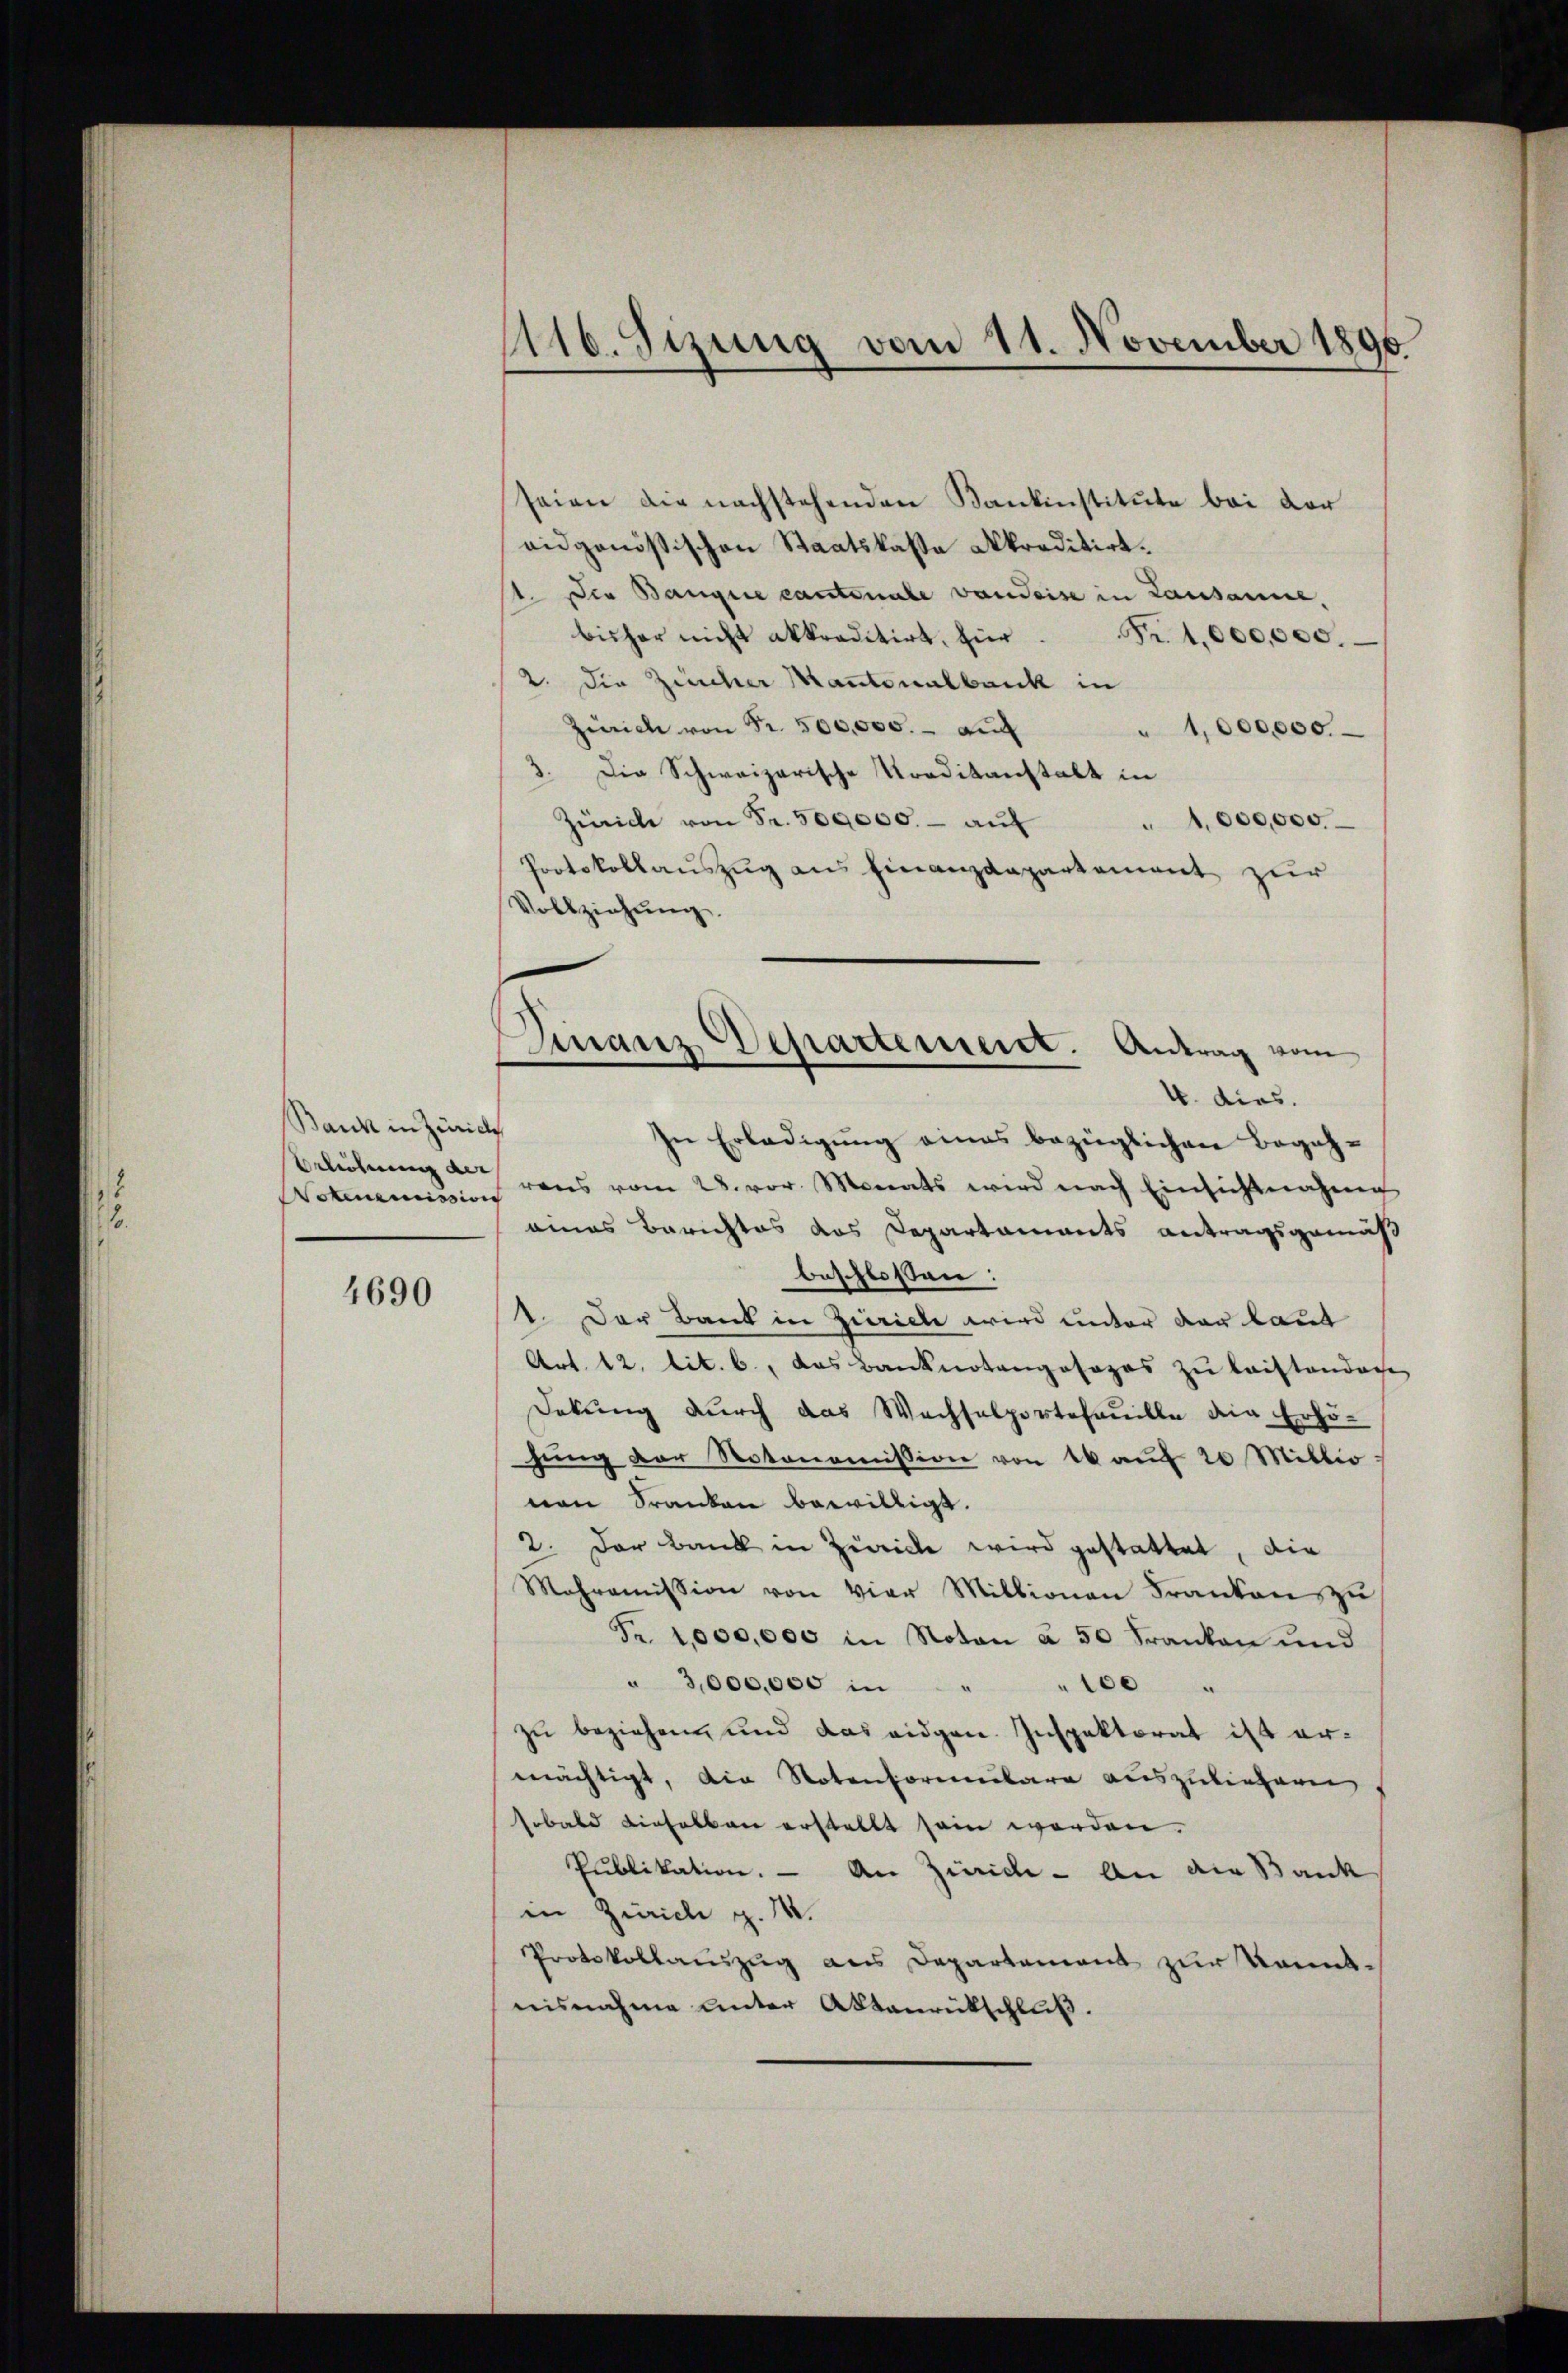
Bank in Zürich
Brlehnung der

4690

116. Sizung vom 11. November 1890.

seien die nachstehenden Kantinstitute bei der
eidgenößischen Staatskassa Akkreditirt.
t. Die Bangie cantonale von Seise in Lausanne,
bisher nicht akkreditirt, für Fr. 1,000,000.
2. Die Zürcher Kantonalbank in
Zürich von Fr. 500,000.- auch
" 1000000.
3. Die Schweizerische Kreditanstalt in
Zürich von Fr. 500,000. - auf
1,000,000.
Protokollauszug aus Finanzdepartement zur
Vollziehung.
4. dies.
In Erledigung eines bezüglichen Begeh¬
Notmemission vons vom 28. vor. Monats wird nach Einsichtnahme
eines Berichtes das Departaments antragsgemäß
beschlossen:
1. Der Bank in Zürich wird unter der laut
Art. 12. lit. b., das Banknotengosazos zu laistandere
Dekung durch das Wachselportefanille die Erhöhŭng der Notonomission von 16 aŭf 20 Millio:
von Franken bewilligt.
2. Der Bank in Zürich wird gestattet, die
Mahromission von vier Millionen Franken zu
Fr. 1,000,000 in Noten à 50 Franken und
" 3,000,000 in
" 100 "
zu beziehen und das eidgen. Inspektorat ist ermächtigt, die Notenformenbare auszuliefern
sobald dieselben erstellt sein werden.
Publikation. — An Zürich - An die Bank
in Zürich z. 14.
Protokollauszug aus Departement zur Kenntnisnahme unter Aktenrückschluß.

Finanz Departement. Antrag vom